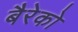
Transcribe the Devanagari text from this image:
बैरेको